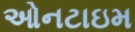
ઓનટાઇમ